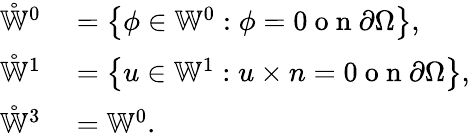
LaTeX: \begin{array}{rl}{\mathring{\mathbb{W}}^{0}}&{{}=\left\{ \phi\in\mathbb{W}^{0}:\phi=0\mathrm{~o~n~}\partial\Omega\right\} ,}\\ {\mathring{\mathbb{W}}^{1}}&{{}=\left\{ u\in\mathbb{W}^{1}:u\times n=0\mathrm{~o~n~}\partial\Omega\right\} ,}\\ {\mathring{\mathbb{W}}^{3}}&{{}=\mathbb{W}^{0}.}\end{array}